Vaccination in Bombay 1902-1912 - 1902-1912
Year: 1902
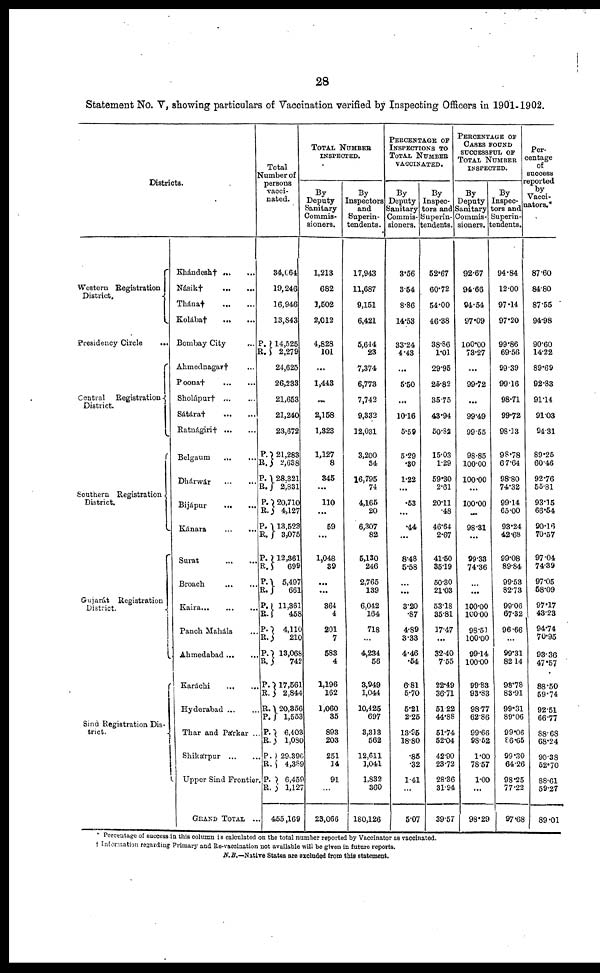
28
Statement No. V, showing particulars of Vaccination verified by Inspecting Officers in 1901-1902.
Districts.
Western Registration
District.
Presidency Circle
...
Central Registration
District.
Southern Registration.
District.
Gujarát Registration
District.
Sind Registration Dis-
trict.
Khándesh† ... ...
Násik†
...
...
Thána†
...
...
Kolába†
...
...
Bombay City...
Ahmednagar† ...
Poona†
...
...
Sholápur†
...
...
Sátára†
...
...
Ratnágiri†
...
...
Belgaum ... ...
Dhárwár
...
...
Bijápur
...
...
Kánara
...
...
Surat
...
...
Broach
...
...
Kaira
...
...
...
Panch Maháls ...
Ahmedabad ... ...
Karáchi
...
...
Hyderabad ... ...
Thar and Párkar ...
Shikárpur ... ...
Upper Sind Frontier.
GRAND TOTAL ...
Total
Number of
persons
vacci-
nated.
34,064
19,246
16,946
13,843
P.
R.
14,525
2,279
24,625
26,233
21,653
21,240
23,672
P.
R.
P.
R.
P.
R.
P.
R.
P.
R.
P.
R.
P.
R.
P.
R.
P.
R.
P.
R.
R.
P.
P.
R.
P.
R.
P.
R.
21,283
2,638
28,321
2,831
20,710
4,127
13,523
3,075
12,361
699
5,497
661
11,361
458
4,110
210
13,068
742
17,561
2,844
20,356
1,553
6,403
1,080
29,396
4,389
6,459
1,127
455,169
TOTAL NUMBER
INSPECTED.
By
Deputy
Sanitary
Commis-
sioners.
1,213
682
1,502
2,012
4,828
101
...
1,443
...
2,158
1,323
1,127
8
345
...
110
...
59
...
1,048
39
...
...
364
4
201
7
583
4
1,196
162
1,060
35
893
203
251
14
91
...
23,066
By
Inspectors
and
Superin-
tendents.
17,943
11,687
9,151
6,421
5,644
23
7,374
6,773
7,742
9,332
12,031
3,200
34
16,795
74
4,165
20
6,307
82
5,130
246
2,765
139
6,042
164
718
...
4,234
56
3,949
1,044
10,425
697
3,313
562
12,611
1,041
1,832
360
180,126
PERCENTAGE OF
INSPECTIONS TO
TOTAL NUMBER
VACCINATED.
By
Deputy
Sanitary
Commis-
sioners.
3.56
3.54
8.86
14.53
33.24
4.43
...
5.50
...
10.16
5.59
5.29
.30
1.22
...
.53
...
.44
...
8.48
5.58
...
...
3.20
.87
4.89
3.33
4.46
.54
6.81
5.70
5.21
2.25
13.95
18.80
.85
.32
1.41
...
5.07
By
Inspec-
tors and
Superin-
tendents.
52.67
60.72
54.00
46.38
38.86
1.01
29.95
25.82
35.75
43.94
50.82
15.03
1.29
59.30
2.61
20.11
.48
46.64
2.67
41.50
35.19
50.30
21.03
53.18
35.81
17.47
...
32.40
7.55
22.49
36.71
51.22
44.88
51.74
52.04
42.90
23.72
28.36
31.94
39.57
PERCENTAGE OF
CASES FOUND
SUCCESSFUL OF
TOTAL NUMBER
INSPECTED.
By
Deputy
Sanitary
Commis-
sioners.
92.67
94.66
94.54
97.09
100.00
73.27
...
99.72
...
99.49
99.55
98.85
100.00
100.00
...
100.00
...
98.31
...
99.33
74.36
...
...
100.00
100.00
98.51
100.00
99.14
100.00
99.83
93.83
98.77
62.86
99.66
98.62
1.00
78.57
1.00
...
98.29
By
Inspec-
tors and
Superin-
tendents.
94.84
12.00
97.14
97.20
99.86
69.56
99.39
99.16
98.71
99.72
98.13
98.78
67.64
98.80
74.32
99.14
65.00
93.24
42.68
99.08
89.84
99.53
82.73
99.06
67.32
96.66
...
99.31
82.14
98.78
83.91
99.31
89.06
99.06
86.65
99.30
64.26
98.25
77.22
97.68
Per-
centage
of
success
reported
by
Vacci¬
nators.*
87.60
84.80
87.55
94.98
90.60
14.22
89.69
92.83
91.14
91.03
94.31
89.25
60.46
92.76
55.81
93.15
66.54
90.16
70.57
97.04
74.39
97.05
58.09
97.17
43.23
94.74
70.95
93.36
47.57
88.50
59.74
92.51
66.77
88.68
68.24
90.38
52.70
88.61
59.27
89.01
* Percentage of success in this column is calculated on the total number reported by Vaccinator as vaccinated.
† Information regarding Primary and Re-vaccination not available will be given in future reports.
N.B.— Native States are excluded from this statement.